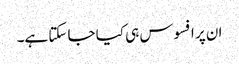
ان پر افسوس ہی کیا جا سکتا ہے۔